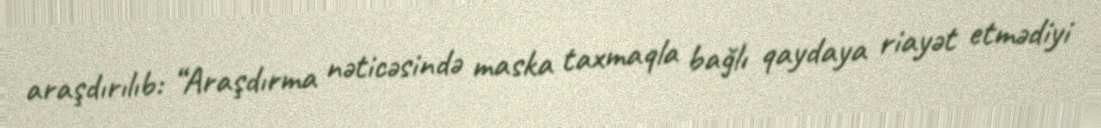
araşdırılıb: “Araşdırma nəticəsində maska taxmaqla bağlı qaydaya riayət etmədiyi